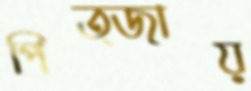
পিত্জায়